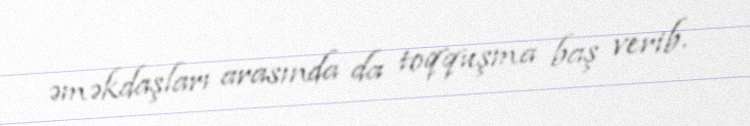
əməkdaşları arasında da toqquşma baş verib.